Annual report of the Bengal Veterinary College, and of the Civil Veterinary Department, Bengal, for the year 1901-1902 - 1901-1902
Year: 1901
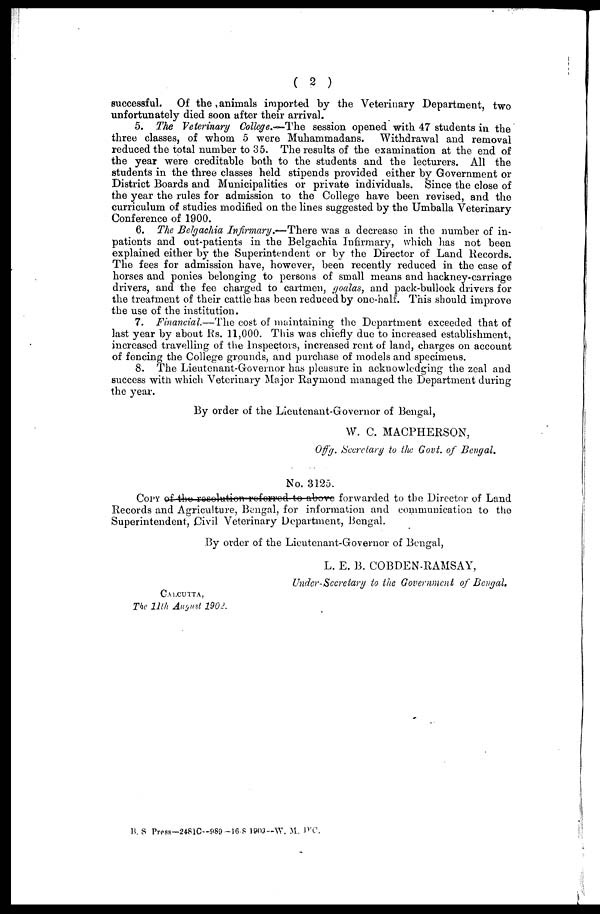
( 2 )
successful.
Of the, animals imported by the Veterinary Department, two
unfortunately died soon after their arrival.
5. The Veterinary College.—The session opened with 47 students in the
three classes, of whom 5 were Muhammadans.
Withdrawal and removal
reduced the total number to 35. The results of the examination at the end of
the year were creditable both to the students and the lecturers. All the
students in the three classes held stipends provided either by Government or
District Boards and Municipalities or private individuals. Since the close of
the year the rules for admission to the College have been revised, and the
curriculum of studies modified on the lines suggested by the Umballa Veterinary
Conference of 1900.
6. The Belgachia Infirmary.—There
was a decrease in the number of in-
patients and out-patients in the Belgachia Infirmary, which has not been
explained either by the Superintendent or by the Director of Land Records.
The fees for admission have, however, been recently reduced in the case of
horses and ponies belonging to persons of small means and hackney-carriage
drivers, and the fee charged to cartmen, goalas, and pack-bullock drivers for
the treatment of their cattle has been reduced by one-half. This should improve
the use of the institution.
7. Financial—The cost of maintaining the Department exceeded that of
last year by about Rs. 11,000. This was chiefly due to increased establishment,
increased travelling of the Inspectors, increased rent of land, charges on account
of fencing the College grounds, and purchase of models and specimens.
8. The Lieutenant-Governor has pleasure in acknowledging the zeal and
success with which Veterinary Major Raymond managed the Department during
the year.
By order of the Lieutenant-Governor of Bengal,
W. C. MACPHERSON,
Offg. Secretary to the Govt. of Bengal.
No. 3125.
COPYof the resolution referred to above forwarded to the Director of Land
Records and Agriculture, Bengal, for information and communication to the
Superintendent, Civil Veterinary Department, Bengal.
By order of the Lieutenant-Governor of Bengal,
L. E. B. COBDEN-RAMSAY,
Under-Secretary to the Government of Bengal.
CALCUTTA,
The 11th August, 190.2.
B. S Press—2481C—989 —16 8 1909—W. M. D'C